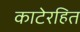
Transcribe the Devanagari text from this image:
काटेरहित